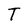
Character: T